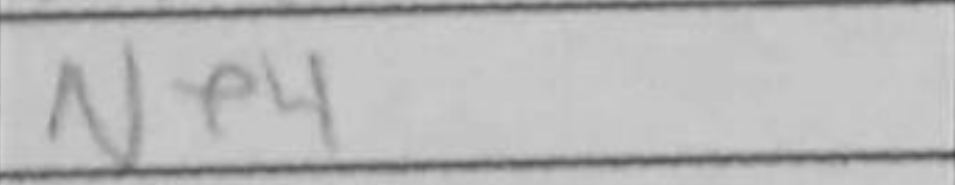
Transcription: Ne4